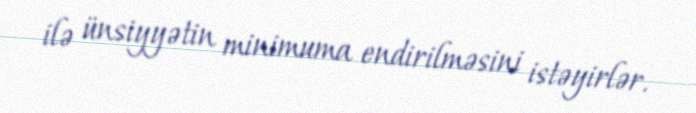
ilə ünsiyyətin minimuma endirilməsini istəyirlər.